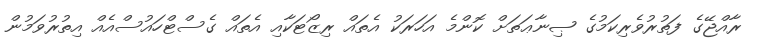
ރާއްޖޭގެ ފަތުރުވެރިކަމުގެ ޞިނާޢަތަށް ކޮންމެ އަހަރަކު އެތައް ރިޒޯޓަކާއި އެތައް ގެސްޓްހައުސްއެއް އިތުރުވަމުން